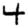
Digit: 4